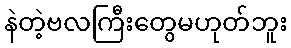
နဲတဲ့ဗလကြီးတွေမဟုတ်ဘူး